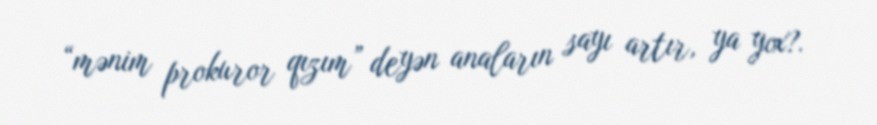
“mənim prokuror qızım” deyən anaların sayı artır, ya yox?.